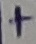
Text: +